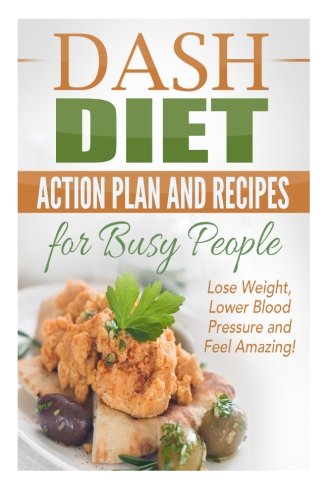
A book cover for Dash Diet Action Plan and Recipes for Busy People: Lose Weight, Lower Blood Pressure and Feel Amazing! (dash diet kindle, dash diet action plan, dash ... recipes, dash diet younger you ) (Volume 1); Nick Bell; Cookbooks, Food & Wine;